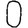
Digit: 0